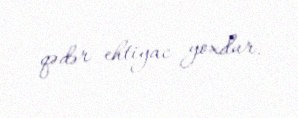
qədər ehtiyac yoxdur.